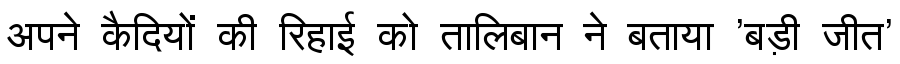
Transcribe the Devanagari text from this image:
अपने कैदियों की रिहाई को तालिबान ने बताया 'बड़ी जीत'